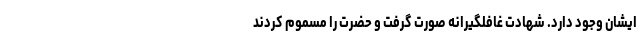
ایشان وجود دارد. شهادت غافلگیرانه صورت گرفت و حضرت را مسموم کردند